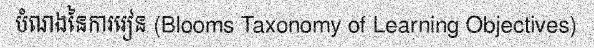
បំណងនៃការរៀន (Blooms Taxonomy of Learning Objectives)